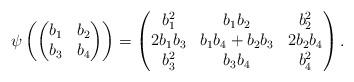
LaTeX: \begin{align*}\psi\left(\begin{pmatrix}b_1 & b_2 \\b_3 & b_4\end{pmatrix}\right) =\begin{pmatrix}b_1^2 & b_1b_2 & b_2^2\\2b_1b_3 & b_1b_4+b_2b_3 & 2b_2b_4\\b_3^2 & b_3b_4 & b_4^2\end{pmatrix}.\end{align*}